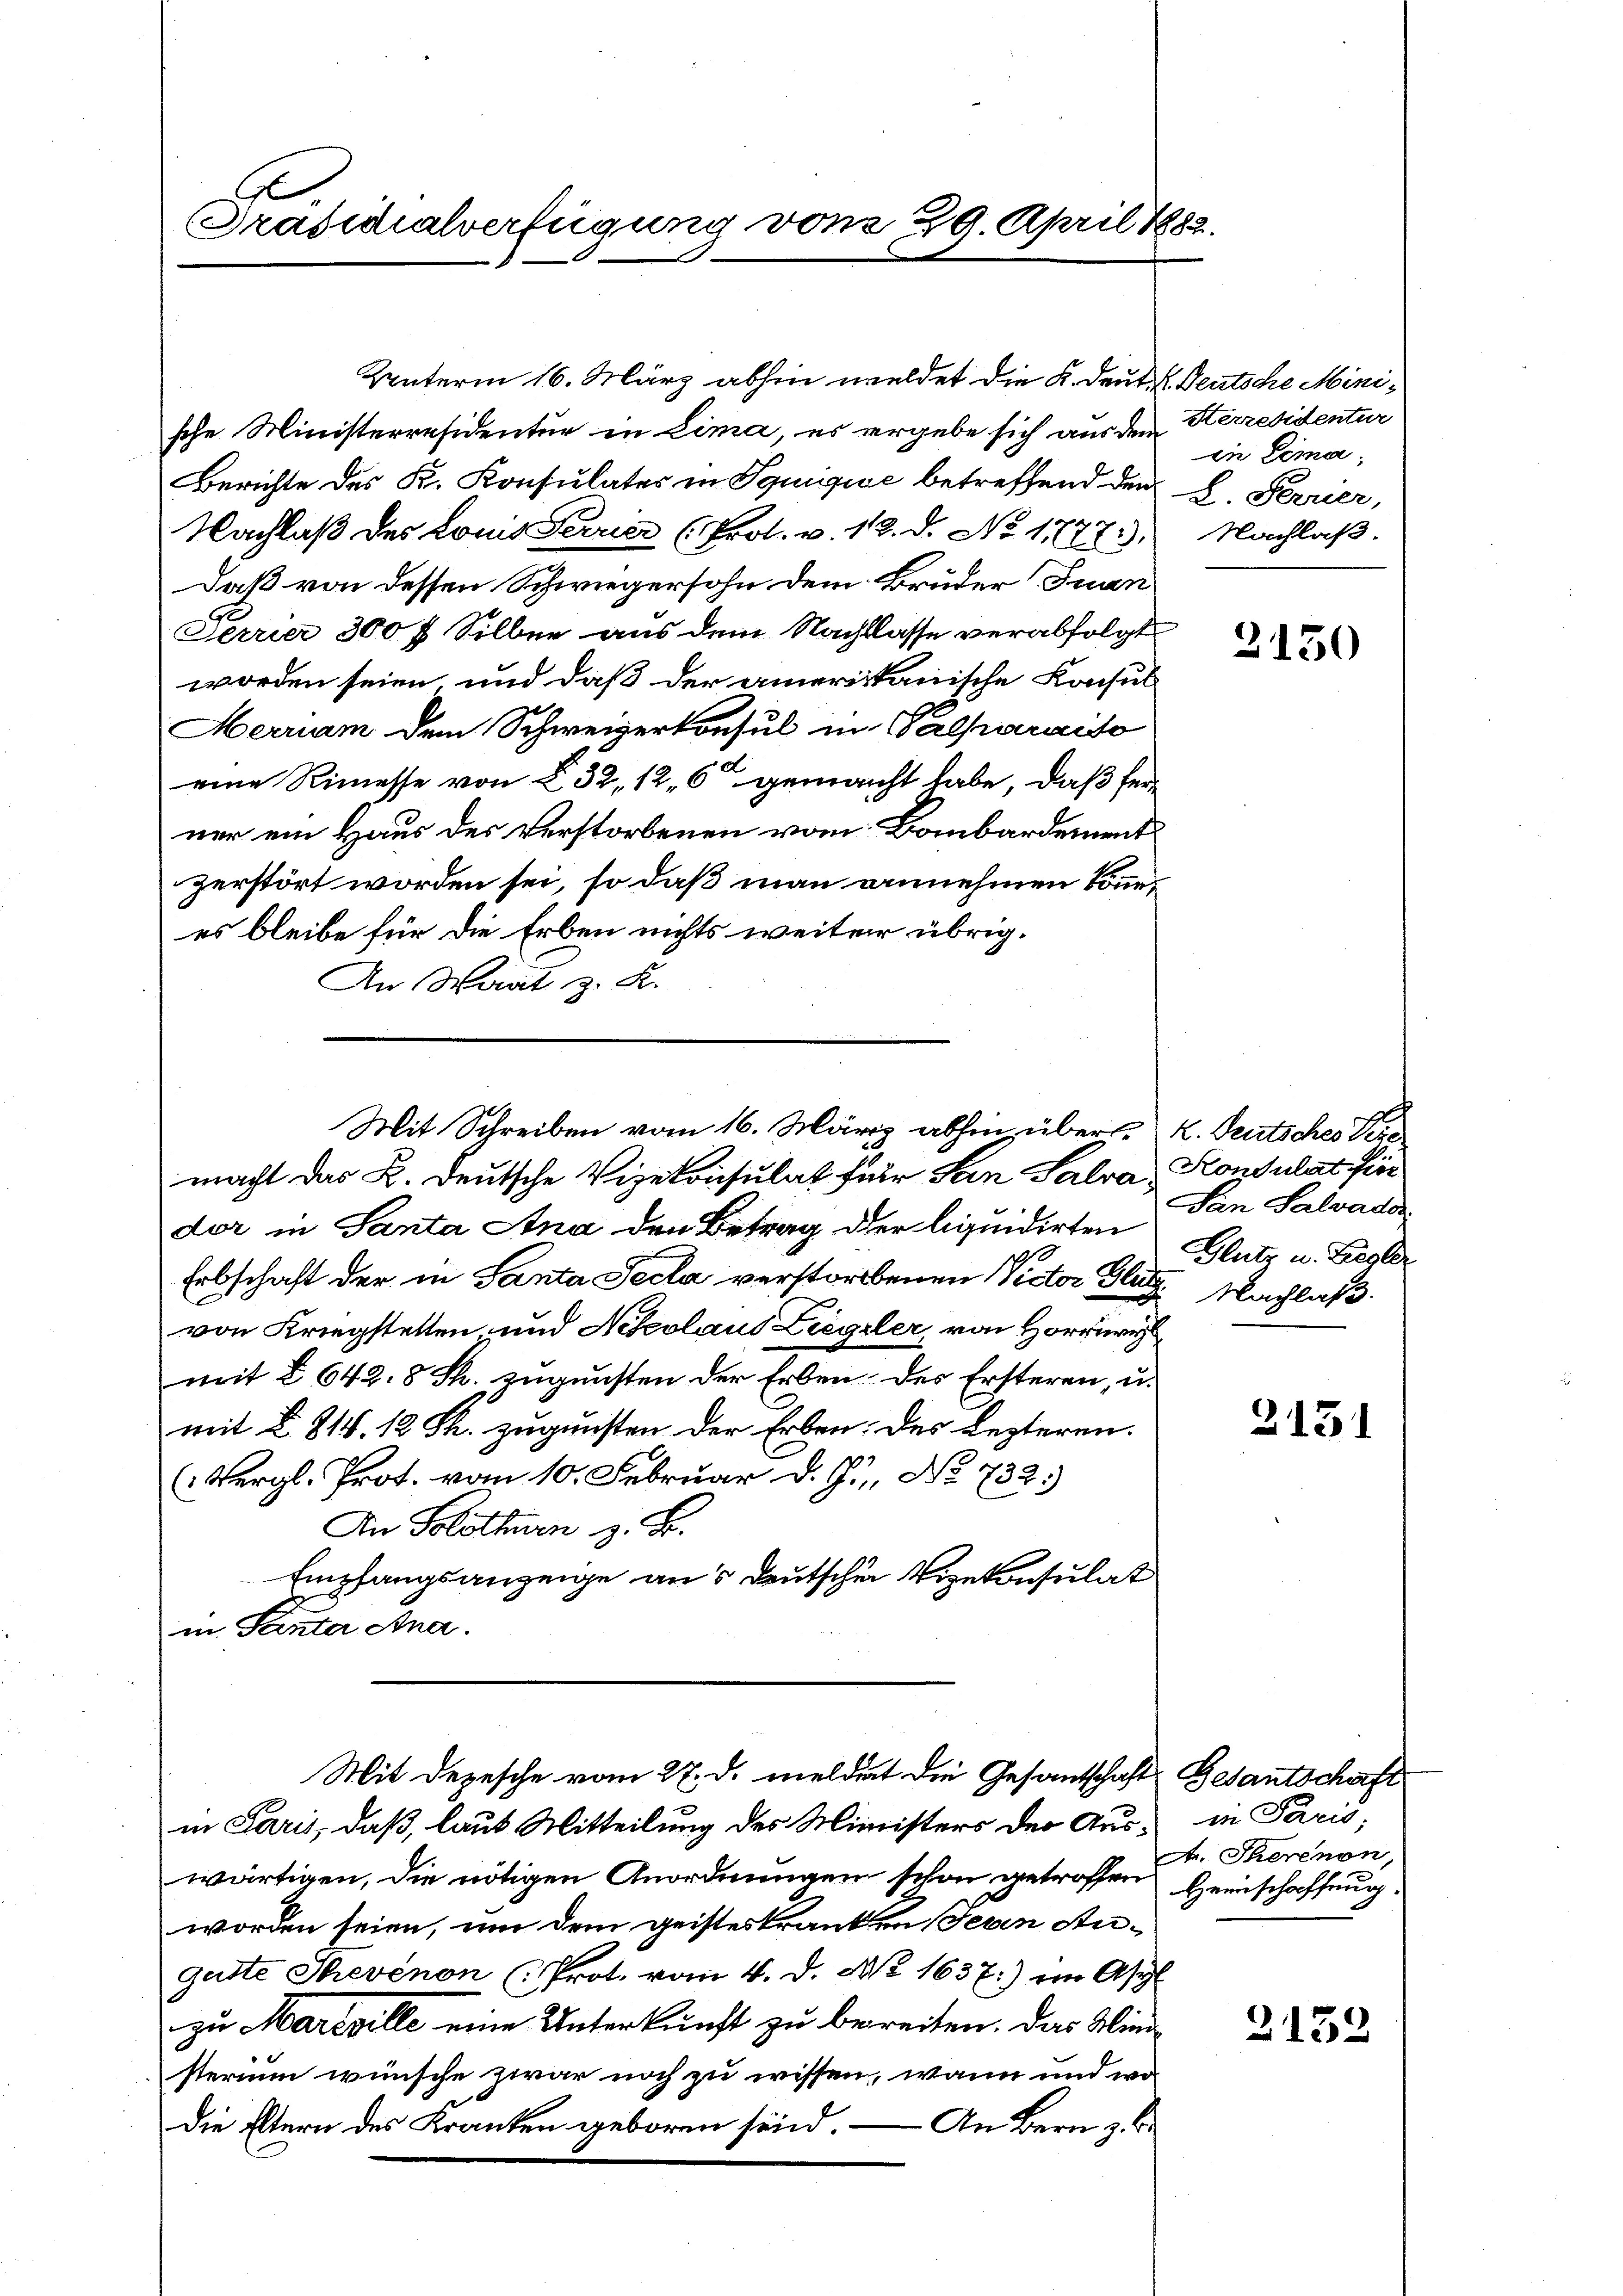
Präsidialverfügung von 29. April 1882.

Unterm 16. März abhin weldet die K. Deut. K. Deutsche Minische Ministerresidentur in Lima, es ergebe sich aus dem Herresidentur
Berichte des K. Konsulates in Souise betreffend den 8. Ferrier,
Nachlaß des Louis Ferier (Prot. v. 12. d. No 17771); Nachlaß.
Daß von dessen Schwiegersohn dem Bruder Juan
Ferrier 300 f Silber aus dem Nachlasse verabfolgt
worden seien, und daß der amerikanische Konsul-
Merriam dem Schweizerkonsul in Palparaiso
eine Rimesse von § 32, 12, 6 gemacht habe, daß ferner ein Haus des Verstorbenen vom Bombardement
zerstört worden sei, so daß man annehmen könnees bleibe für die Erben nichts weiter übrig¬
An Wart z. R.
Mit Schreiben vom 16. März abhin über K. Teutsches Vere
macht das B. deutsche Vizekonsulat für Sein Salva Konsulat hier
der in Santa Ana den Betrag der liquidirten
Erbschaft der in Santa Seela verstorbenen Victor Glutz Nachlaß
von Kriegstetten, und Nikolaus Ziegler, von Horre
mit § 642. 8 St. zŭgŭnsten der Erben des Ersteren, u.
mit § 818. 12 S. zugunsten der Erben: des Lezteren.
Vergl. Prot. vom 10. Februar d. J., No 732.
An Solothurn z. B.
Empfangsanzeige aus deutschen Vizekonsulat
in Santer Ana.

in Paris, daß, laut Mitteilung des Ministers der Auswärtigen, die nötigen Anordnungen schon getroffen Heinschaffung.
worden seien, um dem geisteskranken Jeden Angatte chevénon (Prot. vom 4. d. M. 1637:) im Asyl
zu Mareville eine Unterkunft zu bereiten. Das Winsterium wünsche zwar noch zu wissen, wann und wo
Die Eltern des Kranken geboren sind. – An Bern z.

Mit Depesche vom 27. d. meldert die Gesandtschaft

in Lima,

2150

San Salvados.
Glutz u. Basler

2131

Gesantschaft
in Paris,
A. Therenon,

2152